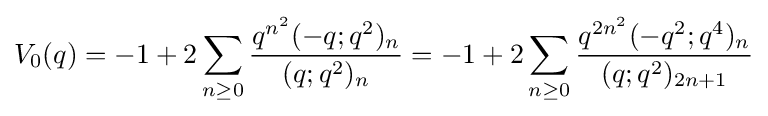
V_{0}(q)=-1+2\sum _{n\geq 0}{\frac {q^{n^{2}}(-q;q^{2})_{n}}{(q;q^{2})_{n}}}=-1+2\sum _{n\geq 0}{\frac {q^{2n^{2}}(-q^{2};q^{4})_{n}}{(q;q^{2})_{2n+1}}}